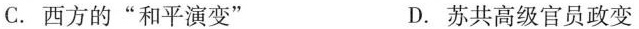
C.西方的”和平演变” D.苏共高级官员政变